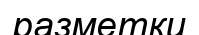
разметки